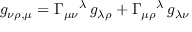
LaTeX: g _ { \nu \rho , \mu } = \Gamma _ { \mu \nu } { } ^ { \lambda } \, g _ { \lambda \rho } + \Gamma _ { \mu \rho } { } ^ { \lambda } \, g _ { \lambda \nu }